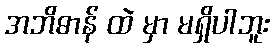
အဘိဓာန် ထဲ မှာ မရှိပါဘူး